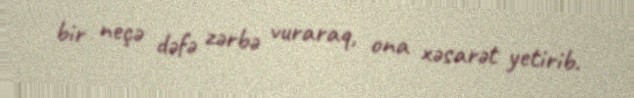
bir neçə dəfə zərbə vuraraq, ona xəsarət yetirib.